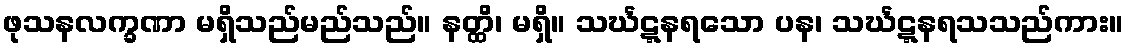
ဖုသနလက္ခဏာ မရှိသည်မည်သည်။ နတ္ထိ၊ မရှိ။ သင်္ဃဋ္ဋနရသော ပန၊ သင်္ဃဋ္ဋနရသသည်ကား။